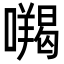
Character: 𭌅